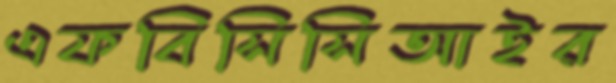
এফবিসিসিআইর